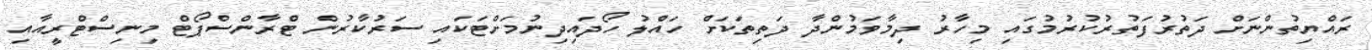
ރައްޔިތުންނަށް ދަތުރުފަތުރުކުރުމުގައި މިހާރު ދިމާވަމުންދާ ދަތިތަކަށް ހައްލު ހޯދައިދިނުމަށްޓަކައި ސަރުކާރުން ޓްރާންސްޕޯޓް މިނިސްޓްރީއާއި